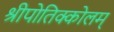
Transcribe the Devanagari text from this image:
श्रीपोतिक्कोलम्